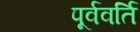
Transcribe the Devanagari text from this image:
पूर्ववर्ति